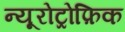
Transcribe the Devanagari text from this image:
न्यूरोट्रोफ़िक